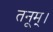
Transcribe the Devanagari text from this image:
तनूम्।